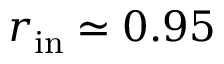
r _ { \mathrm { i n } } \simeq 0 . 9 5